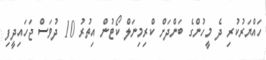
ހައްޔަރުކުރި ދެ މީހުންގެ ބަންދަށް ކްރިމިނަލް ކޯޓުން އިތުރު 10 ދުވަސް ޖަހައިދީފި